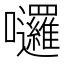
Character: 𡆗